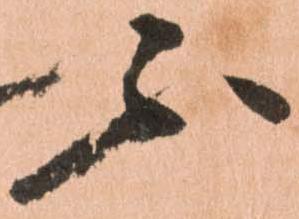
不